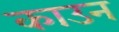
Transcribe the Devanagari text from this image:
काउन